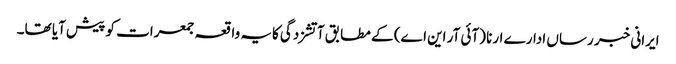
ایرانی خبر رساں ادارے ارنا (آئی آر این اے) کے مطابق آتشزدگی کایہ واقعہ جمعرات کو پیش آیا تھا۔